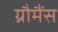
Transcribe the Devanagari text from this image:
ग्रौमैंस